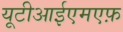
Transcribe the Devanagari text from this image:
यूटीआईएमएफ़